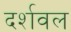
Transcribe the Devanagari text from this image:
दर्शवल